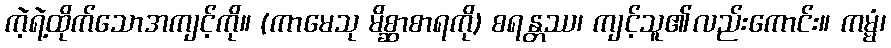
ကဲ့ရဲ့ထိုက်သောအကျင့်ကို။ (ကာမေသု မိစ္ဆာစာရကို) စရန္တဿ၊ ကျင့်သူ၏လည်းကောင်း။ ကမ္မံ၊